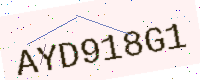
Text: AYD918G1